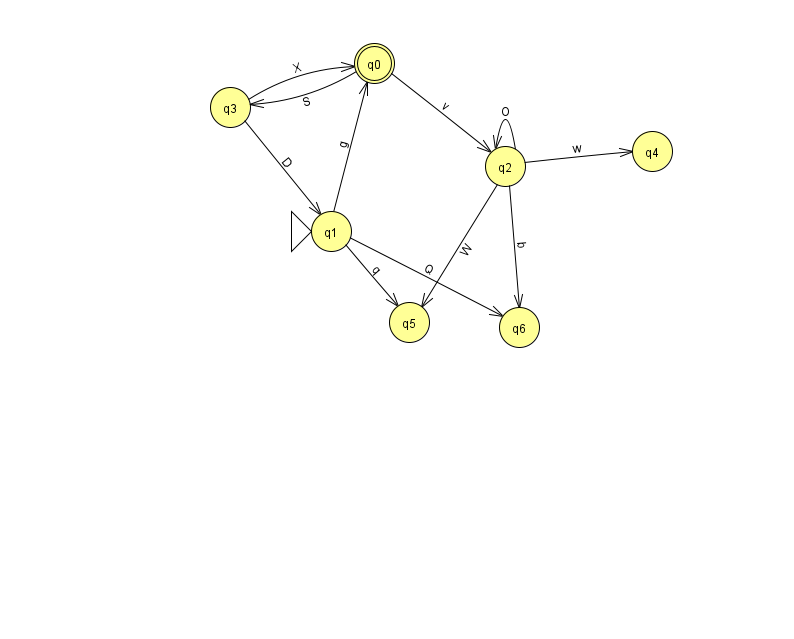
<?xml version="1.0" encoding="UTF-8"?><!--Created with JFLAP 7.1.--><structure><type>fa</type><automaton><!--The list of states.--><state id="0" name="q0"><x>374.0</x><y>50.0</y><final/></state><state id="1" name="q1"><x>331.0</x><y>218.0</y><initial/></state><state id="2" name="q2"><x>505.0</x><y>153.0</y></state><state id="3" name="q3"><x>230.0</x><y>94.0</y></state><state id="4" name="q4"><x>652.0</x><y>138.0</y></state><state id="5" name="q5"><x>409.0</x><y>309.0</y></state><state id="6" name="q6"><x>519.0</x><y>314.0</y></state><!--The list of transitions.--><transition><from>2</from><to>4</to><read>w</read></transition><transition><from>3</from><to>1</to><read>D</read></transition><transition><from>3</from><to>0</to><read>X</read></transition><transition><from>2</from><to>5</to><read>W</read></transition><transition><from>1</from><to>0</to><read>g</read></transition><transition><from>2</from><to>6</to><read>b</read></transition><transition><from>0</from><to>2</to><read>v</read></transition><transition><from>0</from><to>3</to><read>S</read></transition><transition><from>1</from><to>5</to><read>q</read></transition><transition><from>1</from><to>6</to><read>Q</read></transition><transition><from>2</from><to>2</to><read>O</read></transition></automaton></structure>